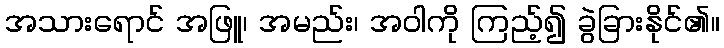
အသားရောင် အဖြူ၊ အမည်း၊ အဝါကို ကြည့်၍ ခွဲခြားနိုင်၏။